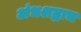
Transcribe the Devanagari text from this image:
अंधश्रद्धाच